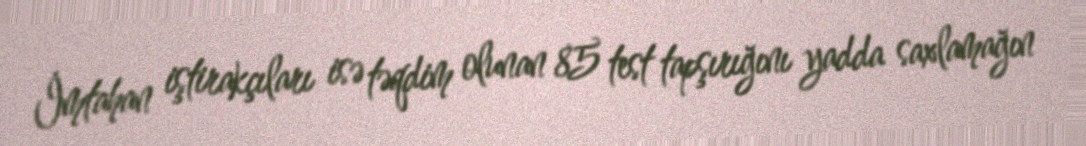
İmtahan iştirakçıları isə təqdim olunan 85 test tapşırığını yadda saxlamağın